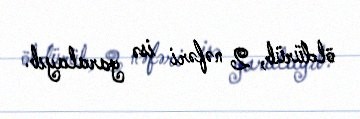
öldürüb, 2 nəfəri isə yaralayıb.